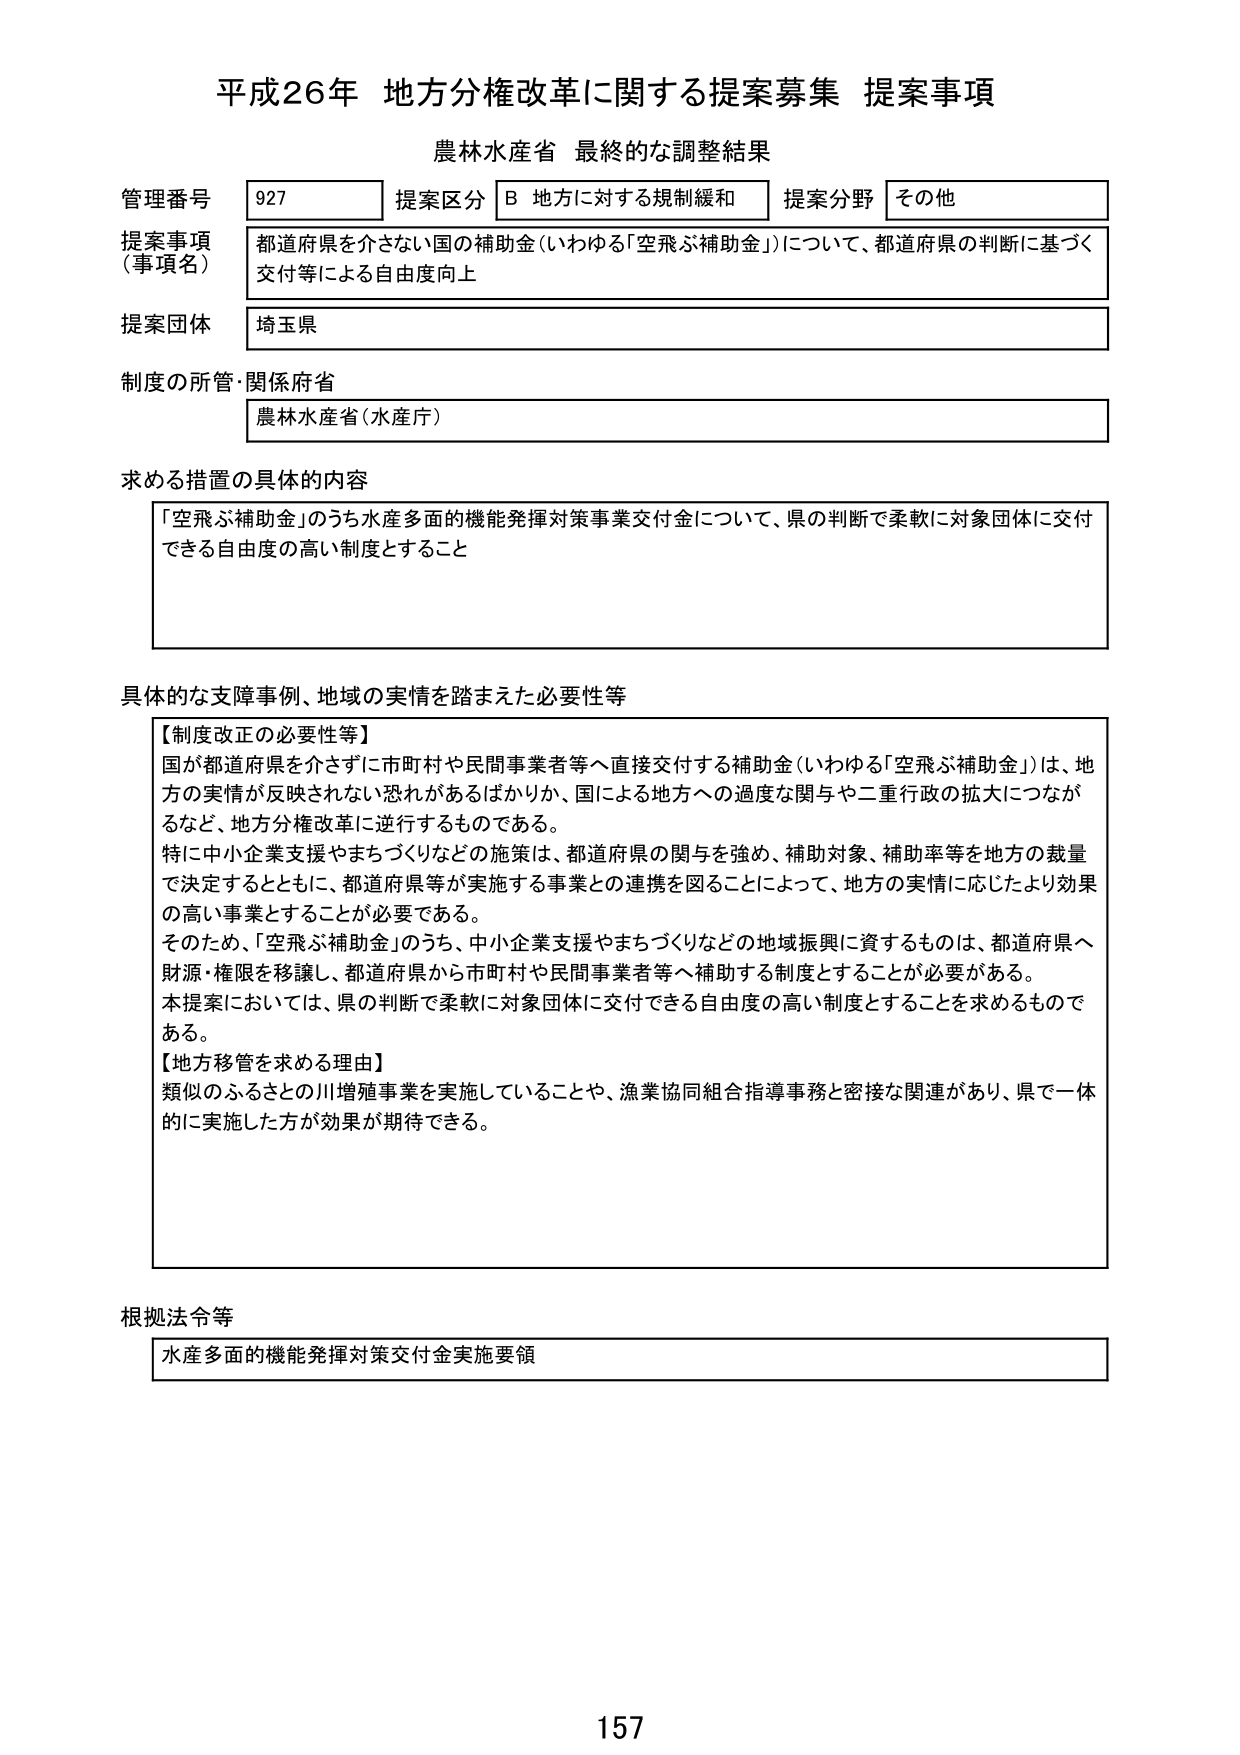
平成26年 地方分権改革に関する提案募集 提案事項
農林水産省 最終的な調整結果

管理番号 927 提案区分 B 地方に対する規制緩和 提案分野 その他
提案事項（事項名） 都道府県を介さない国の補助金（いわゆる「空飛ぶ補助金」）について、都道府県の判断に基づく交付等による自由度向上
提案団体 埼玉県
制度の所管・関係府省 農林水産省（水産庁）

求める措置の具体的内容
「空飛ぶ補助金」のうち水産多面的機能発揮対策事業交付金について、県の判断で柔軟に対象団体に交付できる自由度の高い制度とすること

具体的な支障事例、地域の実情を踏まえた必要性等
【制度改正の必要性等】
国が都道府県を介さずに市町村や民間事業者等へ直接交付する補助金（いわゆる「空飛ぶ補助金」）は、地方の実情が反映されない恐れがあるばかりか、国による地方への過度な関与や二重行政の拡大につながるなど、地方分権改革に逆行するものである。
特に中小企業支援やまちづくりなどの施策は、都道府県の関与を強め、補助対象、補助率等を地方の裁量で決定するとともに、都道府県等が実施する事業との連携を図ることによって、地方の実情に応じたより効果の高い事業とすることが必要である。
そのため、「空飛ぶ補助金」のうち、中小企業支援やまちづくりなどの地域振興に資するものは、都道府県へ財源・権限を移譲し、都道府県から市町村や民間事業者等へ補助する制度とすることが必要がある。
本提案においては、県の判断で柔軟に対象団体に交付できる自由度の高い制度とすることを求めるものである。
【地方移管を求める理由】
類似のふるさとの川増殖事業を実施していることや、漁業協同組合指導事務と密接な関連があり、県で一体的に実施した方が効果が期待できる。

根拠法令等
水産多面的機能発揮対策交付金実施要領

157